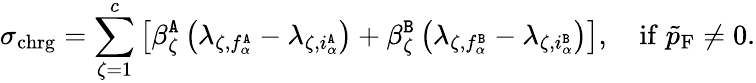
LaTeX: \sigma_{\mathrm{chrg}}=\sum_{\zeta=1}^{c}\left[\beta_{\zeta}^{\tt A}\left(\lambda_{\zeta,f_{\alpha}^{\tt A}}-\lambda_{\zeta,i_{\alpha}^{\tt A}}\right)+\beta_{\zeta}^{\tt B}\left(\lambda_{\zeta,f_{\alpha}^{\tt B}}-\lambda_{\zeta,i_{\alpha}^{\tt B}}\right)\right],\quad\mathrm{if}\; \tilde{p}_{\mathrm{F}}\neq 0.